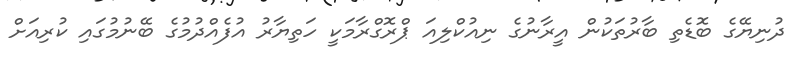
ދުނިޔޭގެ ބޮޑެތި ބާރުތަކުން އީރާނުގެ ނިއުކްލިއަ ޕްރޮގްރާމަކީ ހަތިޔާރު އުފެއްދުމުގެ ބޭނުމުގައި ކުރިއަށް